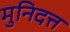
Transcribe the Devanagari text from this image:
मुनिदत्त